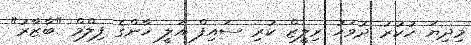
މިދިޔަ ހުކުރު ދުވަހު ރިލީޒް ކުރި ސައިފް އަލީ ޚާންގެ ފިލްމް "ބާޒާރު"